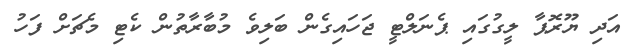
އަދި ޔޫރޮޕާ ލީގުގައި ޕެނަލްޓީ ޖަހައިގެން ބަލިވެ މުބާރާތުން ކެޓި މެޗަށް ފަހު